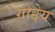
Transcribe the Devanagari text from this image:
गोद्देय